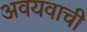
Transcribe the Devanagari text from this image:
अवयवाची